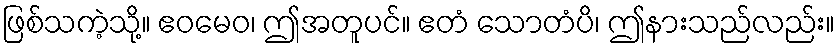
ဖြစ်သကဲ့သို့။ ဧဝမေဝ၊ ဤအတူပင်။ ဧတံ သောတံပိ၊ ဤနားသည်လည်း။